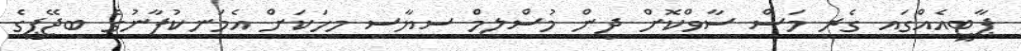
ޕާޓީއެއްގައި ގެރި މަސް ސާވްކޮށް ދިން މުސްލިމް ސިޔާސީ މީހަކަށް އެމަނިކުފާނުގެ ބީޖޭޕީގެ